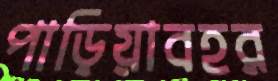
পাড়িয়াবহর